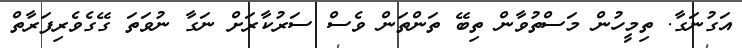
އަގުނަގާ. ތިމީހުން މަސްތުވާން ތިބޭ ތަންތަން ވެސް ސަރުކާރަށް ނަގާ ނުވަތަ ގޭގެވެރިފަރާތް